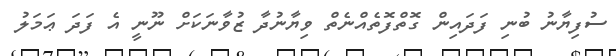
ސުފިޔާނު ބުނި ފަދައިން ގޮތްފޮތެއްނެތް ވިޔާނުދާ ޒުވާނަކަށް ނޫނީ އެ ފަދަ ޢަމަލު